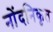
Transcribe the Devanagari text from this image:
नोंदनिकृत